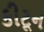
કીટૂન